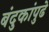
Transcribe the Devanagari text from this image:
बंदुकांपुढे